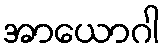
အာယောဂါ